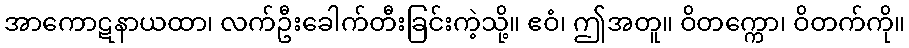
အာကောဋနာယထာ၊ လက်ဦးခေါက်တီးခြင်းကဲ့သို့။ ဧဝံ၊ ဤအတူ။ ဝိတက္ကော၊ ဝိတက်ကို။